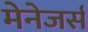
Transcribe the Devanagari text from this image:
मेनेजर्स